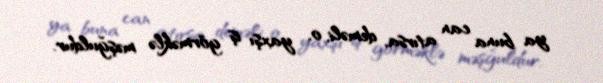
ya buna can atırsa, deməli, o, yaxşı iş görməklə məşğuldur.